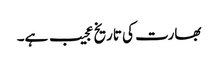
بھارت کی تاریخ عجیب ہے۔